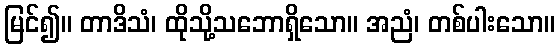
မြင်၍။ တာဒိသံ၊ ထိုသို့သဘောရှိသော။ အညံ၊ တစ်ပါးသော။